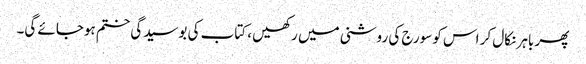
پھر باہر نکال کر اس کو سورج کی روشنی میں رکھیں ، کتاب کی بوسیدگی ختم ہوجائے گی۔